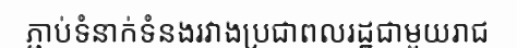
ភ្ជាប់ទំនាក់ទំនងរវាងប្រជាពលរដ្ឋជាមួយរាជ